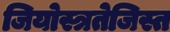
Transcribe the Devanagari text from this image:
जियोस्त्रतेजिस्त